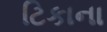
ટિકાના